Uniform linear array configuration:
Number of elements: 8
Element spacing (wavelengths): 1
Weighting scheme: binomial
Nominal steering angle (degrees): -60
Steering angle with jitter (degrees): -61.322
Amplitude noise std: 0.05
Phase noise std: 0.05

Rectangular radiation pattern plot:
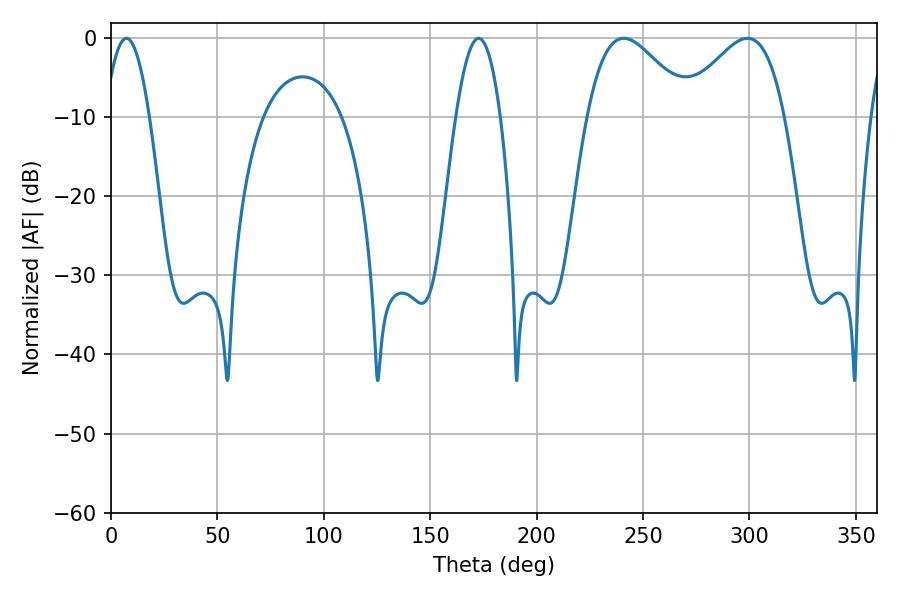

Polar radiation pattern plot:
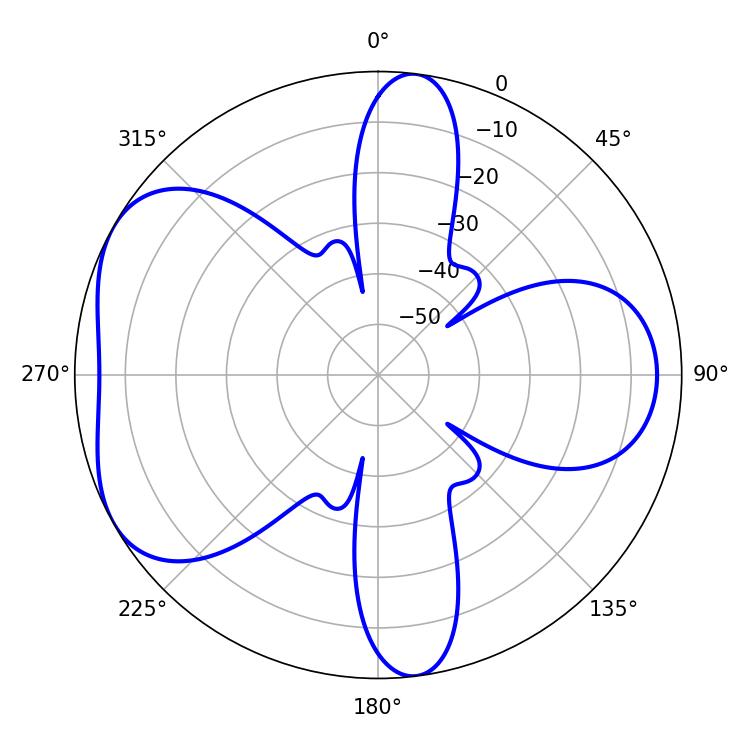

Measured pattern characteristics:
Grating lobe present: TRUE
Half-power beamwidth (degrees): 25.92
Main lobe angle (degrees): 240.84